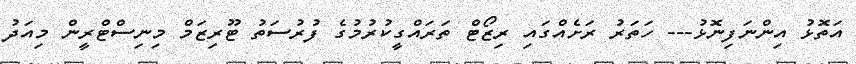
އަތޮޅު އިންނަފިނޮޅު--- ހަތަރު ރަށެއްގައި ރިޒޯޓް ތަރައްގީކުރުމުގެ ފުރުސަތު ޓޫރިޒަމް މިނިސްޓްރީން މިއަދު